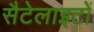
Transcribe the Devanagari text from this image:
सैटेलाइटों